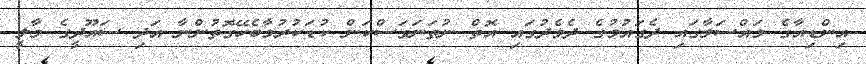
އިންޑިއާގެ މައްސަލާގައި ދެގައުމުގެ ދެމެދުގައި އޮތް ނުތަނަވަސްކަން ކުޑަކުރުމާބެހޭގޮތުންނާ އަދި ސައޫދީގެ މާލީ